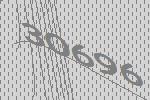
30696